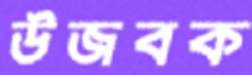
উজবক